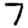
Digit: 7